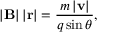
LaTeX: \left| \mathbf { B } \right| \left| \mathbf { r } \right| = { \frac { m \left| \mathbf { v } \right| } { q \sin \theta } } , \,